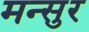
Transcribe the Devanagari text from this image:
मन्सुर